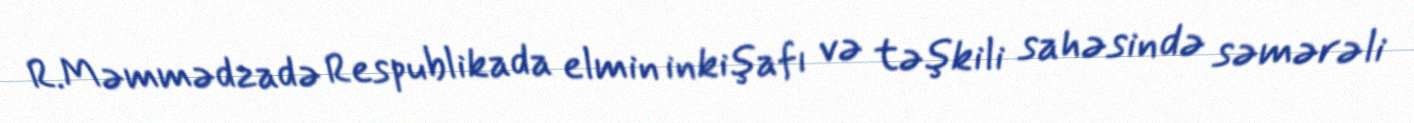
R.Məmmədzadə Respublikada elmin inkişafı və təşkili sahəsində səmərəli